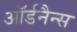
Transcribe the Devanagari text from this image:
ऑर्डनैन्स